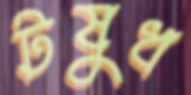
টষুধ